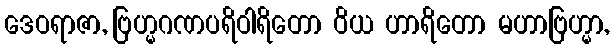
ဒေဝရာဇာ, ဗြဟ္မဂဏပရိဝါရိတော ဝိယ ဟာရိတော မဟာဗြဟ္မာ,